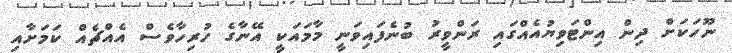
ނޫހަކަށް ދިން އިންޓަވިޔުއެއްގައި ރަންވީރު ބުނެފައިވަނީ މާމައަކީ އޭނާގެ ހުރިހާވެސް އެއްޗެއް ކަމަށާއި